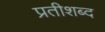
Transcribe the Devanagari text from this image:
प्रतीशब्द